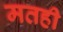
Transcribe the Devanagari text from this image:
मतही